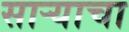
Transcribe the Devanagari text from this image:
साऱ्याचा